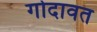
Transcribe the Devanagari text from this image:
गोदावत